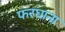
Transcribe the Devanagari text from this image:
फरघाना